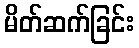
မိတ်ဆက်ခြင်း